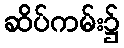
ဆိပ်ကမ်း၌